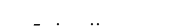
- .  ..